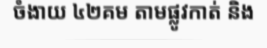
ចំងាយ ៤២គម តាមផ្លូវកាត់ និង